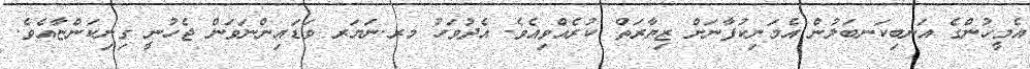
އެމީހުންގެ އަނބިކަނބަލުން އެމަނިކުފާނަށް ޒިޔާރަތް ކުރެއްވިއެވެ. އެދުވަހު މރ.ނަޔަރ ވަޑައިންނަވަން ޖެހުނީ ގިނިކަންޏާއެވެ.